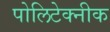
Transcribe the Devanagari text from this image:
पोलिटेक्नीक